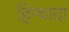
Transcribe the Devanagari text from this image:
हिन्थादा